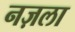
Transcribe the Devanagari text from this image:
नज़ला